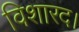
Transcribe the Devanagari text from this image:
विशारद।